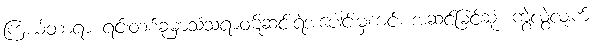
ကြယ်တာရာ ရင်းတစ်ခုမှာသံသရာဝဋ်ဆင်းရဲအပေါင်းမှကင်း အဆင်မြင့်ဆုံး ကွဲလွဲလျက်